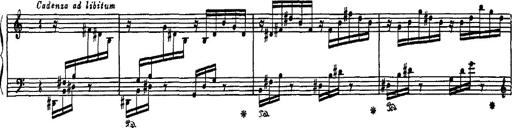
Title: Hungarian Rhapsody No.16
Composer: Franz Liszt
Key: A minor